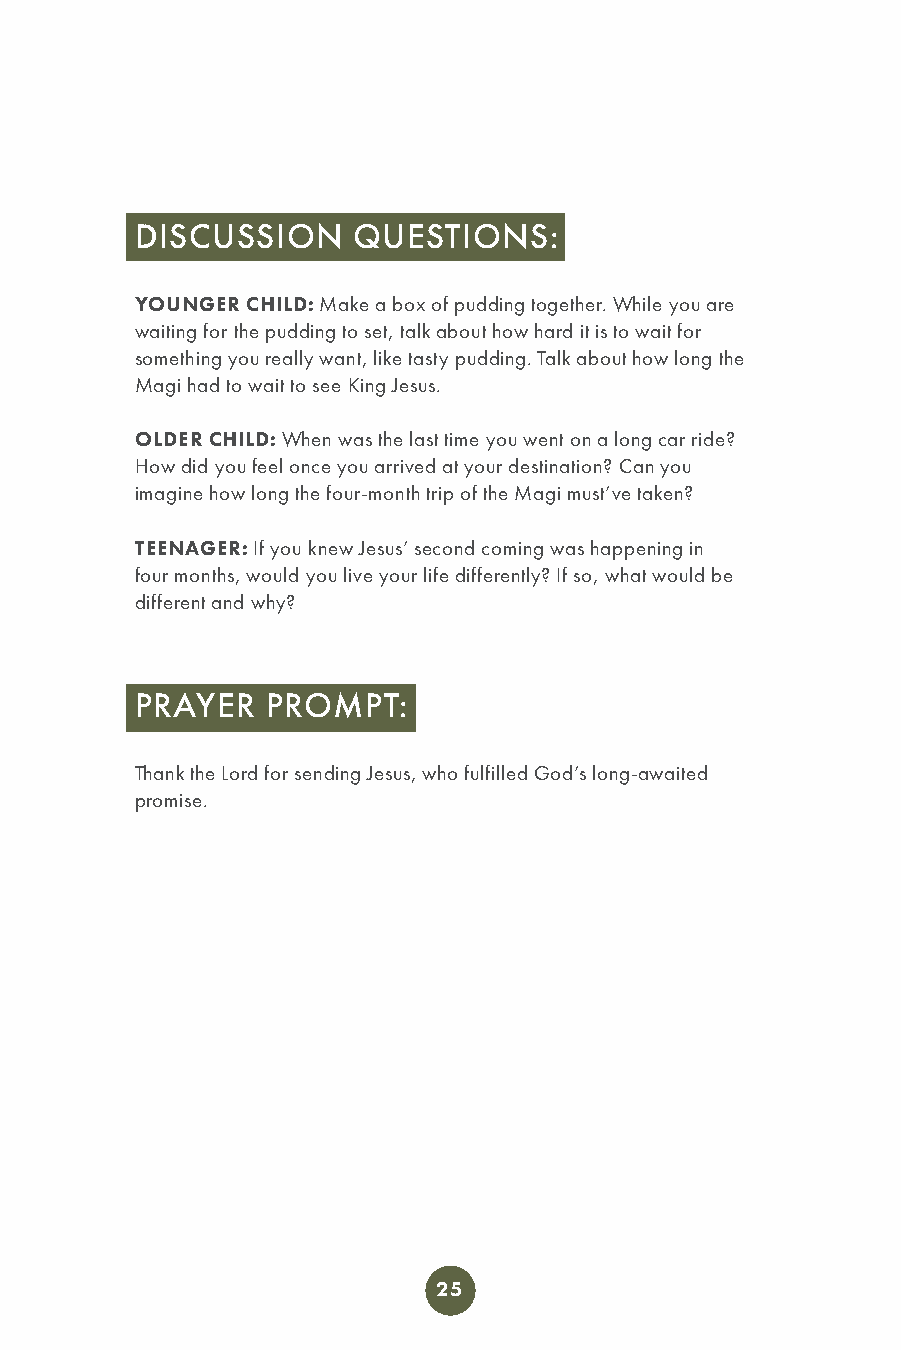
DISCUSSION    QUESTIONS:
 YOUNGER CHILD: Make a box of pudding together. While you are
 waiting for the pudding to set, talk about how hard it is to wait for
 something you really want, like tasty pudding. Talk about how long the
 Magi had to wait to see King Jesus.
 OLDER CHILD: When was the last time you went on a long car ride?
 How did you feel once you arrived at your destination? Can you
 imagine how long the four-month trip of the Magi must’ve taken?
 TEENAGER: If you knew Jesus’ second coming was happening in
 four months, would you live your life differently? If so, what would be
 different and why?
 PRAYER   PROMPT:
 Thank the Lord for sending Jesus, who fulfilled God’s long-awaited
 promise.
 25